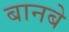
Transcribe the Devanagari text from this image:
बानबे